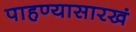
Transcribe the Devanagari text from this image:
पाहण्यासारखं